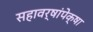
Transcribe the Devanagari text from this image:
सहावर्षांपेक्षा